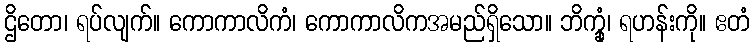
ဌိတော၊ ရပ်လျက်။ ကောကာလိကံ၊ ကောကာလိကအမည်ရှိသော။ ဘိက္ခုံ၊ ရဟန်းကို။ ဧတံ